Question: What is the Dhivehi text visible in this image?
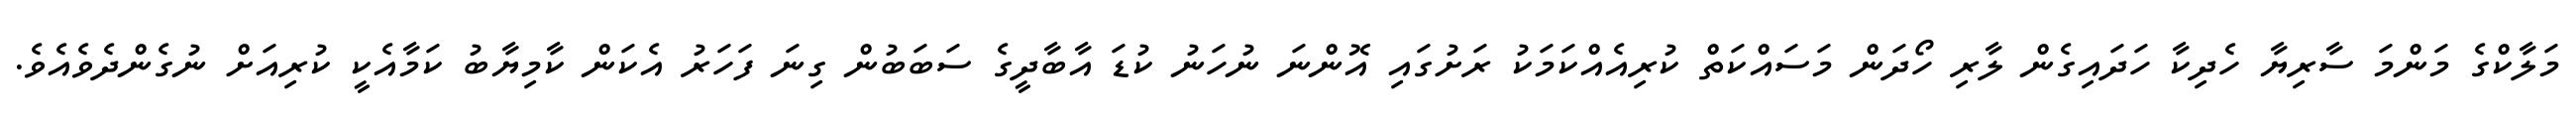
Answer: މަލާކްގެ މަންމަ ސާރިޔާ ހެދިކާ ހަދައިގެން ލާރި ހޯދަން މަސައްކަތް ކުރިއެއްކަމަކު ރަށުގައި އޮންނަ ނުހަނު ކުޑަ އާބާދީގެ ސަބަބުން ގިނަ ފަހަރު އެކަން ކާމިޔާބު ކަމާއެކީ ކުރިއަށް ނުގެންދެވެއެވެ.